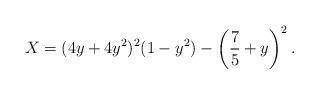
LaTeX: \begin{align*} X = (4y+4y^2)^2(1-y^2) - \left( \frac{7}{5} +y\right) ^2 . \end{align*}